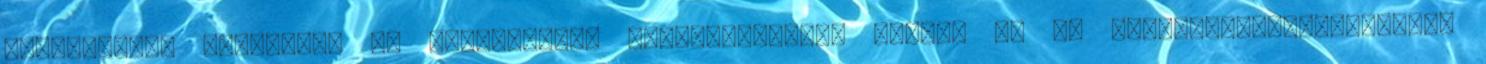
adatkezelés jogalapja az információs önrendelkezési jogról és az információszabadságról